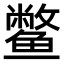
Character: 鳖